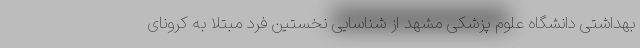
بهداشتی دانشگاه علوم پزشکی مشهد از شناسایی نخستین فرد مبتلا به کرونای